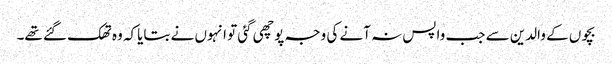
بچوں کے والدین سے جب واپس نہ آنے کی وجہ پوچھی گئی تو انہوں نے بتایاکہ وہ تھک گئے تھے۔